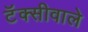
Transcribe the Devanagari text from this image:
टॅक्सीवाले